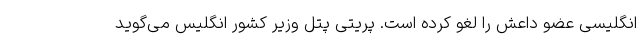
انگلیسی عضو داعش را لغو کرده است. پریتی پتل وزیر کشور انگلیس می‌گوید